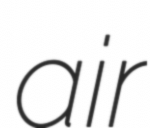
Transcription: air